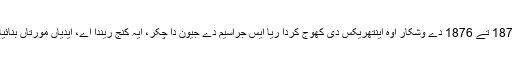
1873 تے 1876 دے وشکار اوہ اینتھریکس دی کھوج کردا ریا ایس جراسیم دے جیون دا چکر، ایہ کنج ریندا اے، ایدیاں مورتاں بنائیاں۔